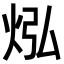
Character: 𪸡